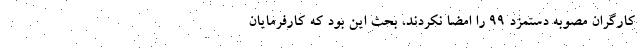
کارگران مصوبه دستمزد 99 را امضا نکردند، بحث این بود که کارفرمایان